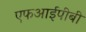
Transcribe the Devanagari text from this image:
एफआईपीबी